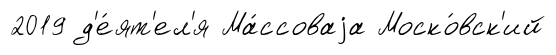
2019 д'е́ят'ел'я Ма́ссоваjа Моско́вск'ий